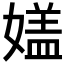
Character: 𡡇